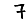
Digit: 7